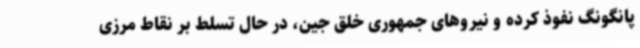
پانگونگ نفوذ کرده و نیروهای جمهوری خلق جین، در حال تسلط بر نقاط مرزی